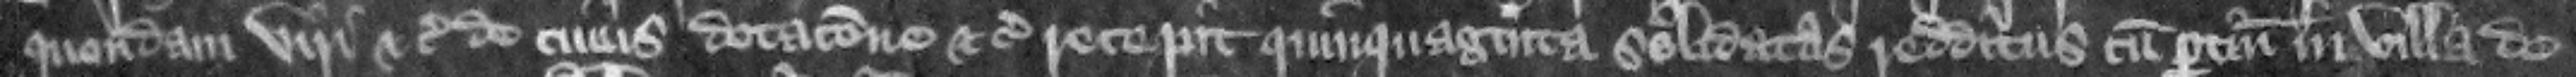
quondam viri etc. de cuius dotacione etc. recepit quinquaginta solidatas redditus cum pertinenciis in villa de